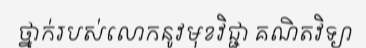
ថ្នាក់របស់លោកនូវមុខវិជ្ជា គណិតវិទ្យា